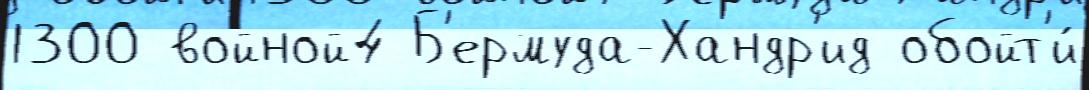
1300 войной4 Б'ермуда-Хандр'ид обойт'и́